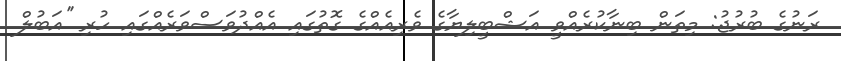
ރަނުގެ ބުރުޖު: މިތަން ބިނާކުރެއްވީ އަޝްބީލިޔާގެ ވެރިއެއްގެ ގޮތުގައި އެއްދުވަސްވަރެއްގައި ހުރި ''އަބުލް